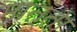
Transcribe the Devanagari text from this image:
मात्ता